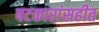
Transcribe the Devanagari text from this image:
षटकारांसहीत